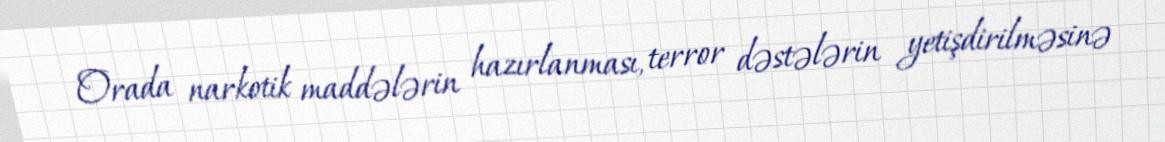
Orada narkotik maddələrin hazırlanması, terror dəstələrin yetişdirilməsinə